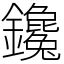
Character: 鑱